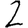
Digit: 2